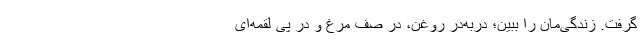
گرفت. زندگی‌مان را ببین؛ دربه‌درِ روغن، در صف مرغ و در پی لقمه‌ای